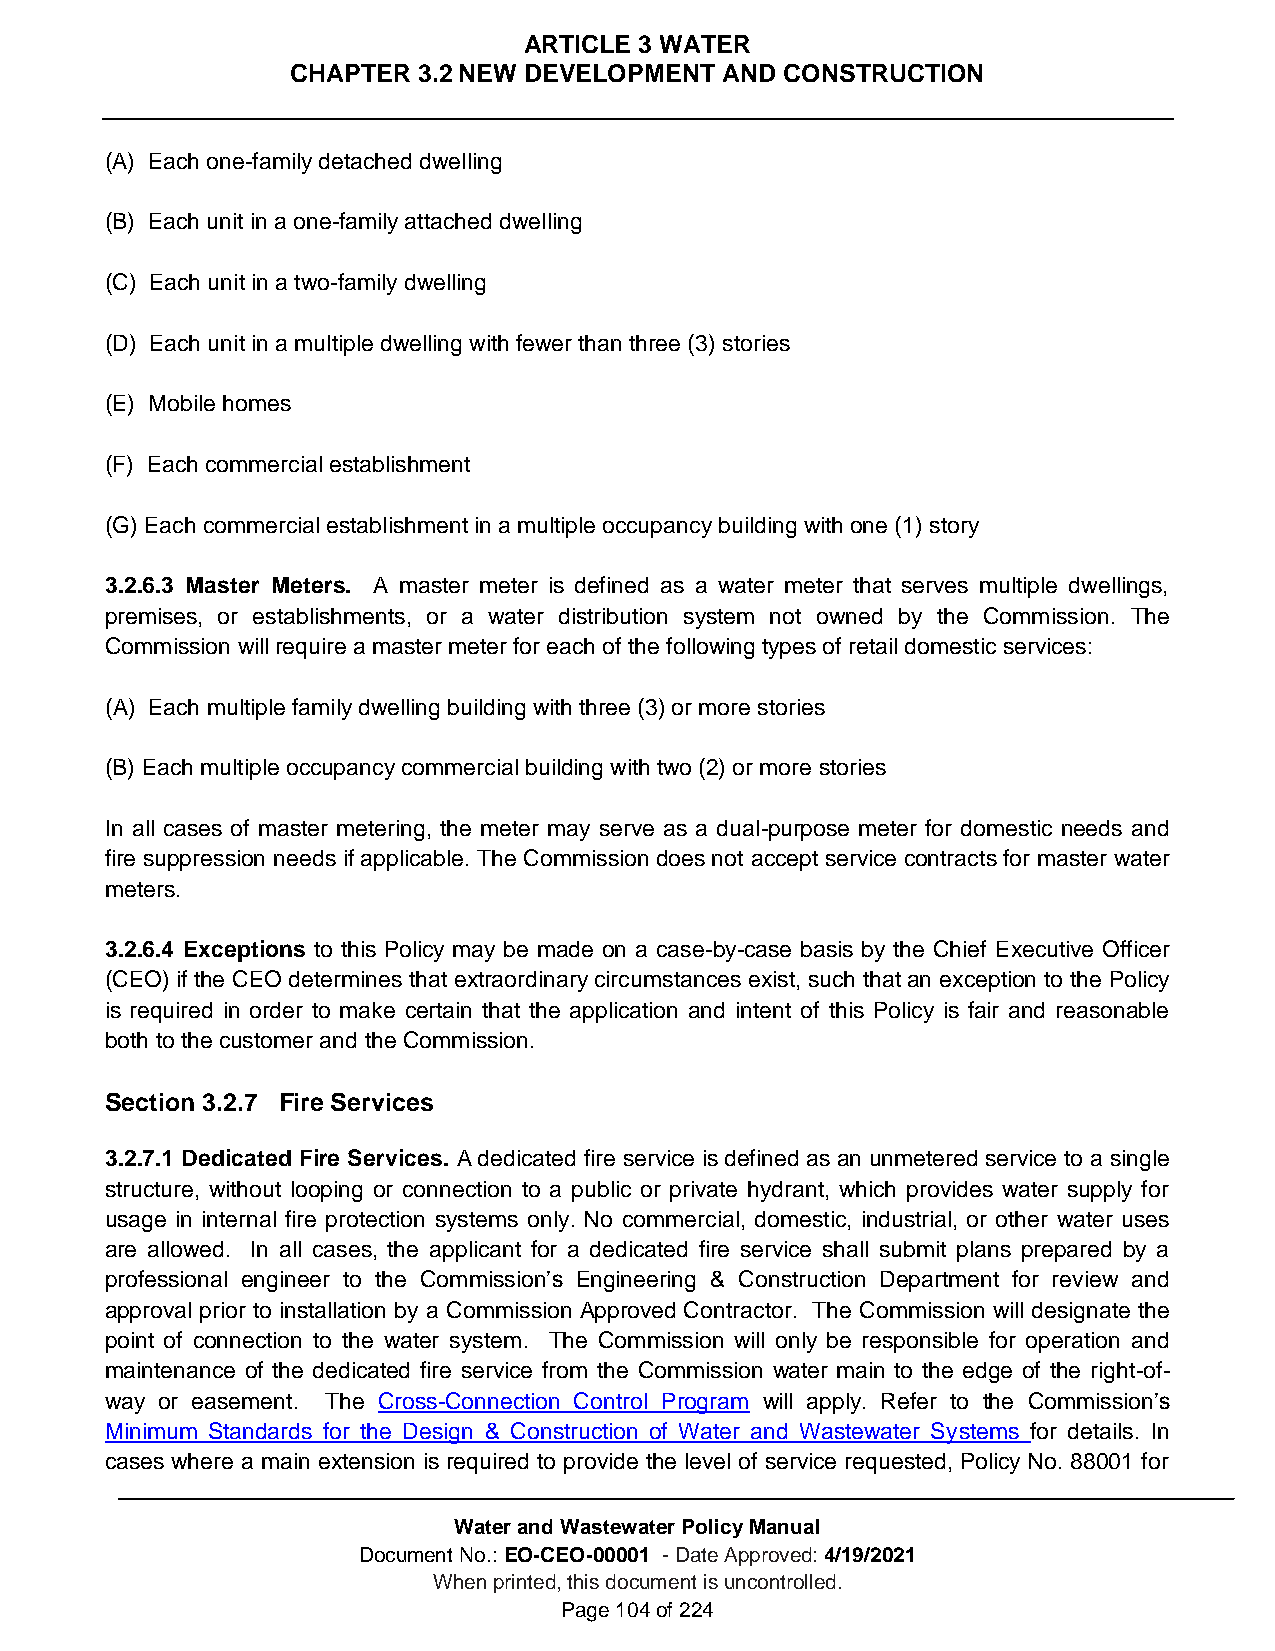
ARTICLE 3 WATER
 CHAPTER  3.2 NEW DEVELOPMENT AND CONSTRUCTION
 (A) Each one-family detached dwelling
 (B) Each unit in a one-family attached dwelling
 (C) Each unit in a two-family dwelling
 (D) Each unit in a multiple dwelling with fewer than three (3) stories
 (E) Mobile homes
 (F) Each commercial establishment
 (G) Each commercial establishment in a multiple occupancy building with one (1) story
 3.2.6.3 Master Meters. A master meter is defined as a water meter that serves multiple dwellings,
 premises, or establishments, or a water distribution system not owned by the Commission. The
 Commission will require a master meter for each of the following types of retail domestic services:
 (A) Each multiple family dwelling building with three (3) or more stories
 (B) Each multiple occupancy commercial building with two (2) or more stories
 In all cases of master metering, the meter may serve as a dual-purpose meter for domestic needs and
 fire suppression needs if applicable. The Commission does not accept service contracts for master water
 meters.
 3.2.6.4 Exceptions to this Policy may be made on a case-by-case basis by the Chief Executive Officer
 (CEO) if the CEO determines that extraordinary circumstances exist, such that an exception to the Policy
 is required in order to make certain that the application and intent of this Policy is fair and reasonable
 both to the customer and the Commission.
 Section 3.2.7 Fire Services
 3.2.7.1 Dedicated Fire Services. A dedicated fire service is defined as an unmetered service to a single
 structure, without looping or connection to a public or private hydrant, which provides water supply for
 usage in internal fire protection systems only. No commercial, domestic, industrial, or other water uses
 are allowed. In all cases, the applicant for a dedicated fire service shall submit plans prepared by a
 professional engineer to the Commission’s Engineering & Construction Department for review and
 approval prior to installation by a Commission Approved Contractor. The Commission will designate the
 point of connection to the water system. The Commission will only be responsible for operation and
 maintenance of the dedicated fire service from the Commission water main to the edge of the right-of-
 way or easement. The Cross-Connection Control Program will apply. Refer to the Commission’s
 Minimum Standards for the Design & Construction of Water and Wastewater Systems for details. In
 cases where a main extension is required to provide the level of service requested, Policy No. 88001 for
 Water and Wastewater Policy Manual
 Document No.: EO-CEO-00001 - Date Approved: 4/19/2021
 When printed, this document is uncontrolled.
 Page 104 of 224